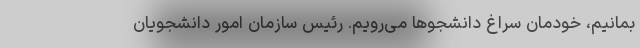
بمانیم، خودمان سراغ دانشجوها می‌رویم. رئیس سازمان امور دانشجویان